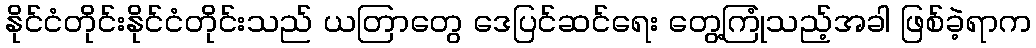
နိုင်ငံတိုင်းနိုင်ငံတိုင်းသည် ယတြာတွေ ဒေပြင်ဆင်ရေး တွေ့ကြုံသည့်အခါ ဖြစ်ခဲ့ရာက